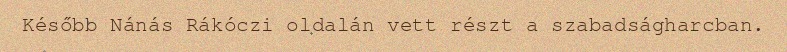
Később Nánás Rákóczi oldalán vett részt a szabadságharcban.